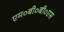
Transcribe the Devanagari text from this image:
एम०बी०बी०एस